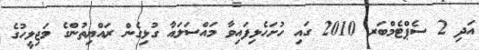
އަދި 2 ސެޕްޓެމްބަރ 2010 ގައި ހުށަހެޅިފައިވާ މައްސަލައާ ގުޅިގެން ރައްޔިތުންގެ މަޖިލީހުގެ